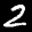
Label: 2